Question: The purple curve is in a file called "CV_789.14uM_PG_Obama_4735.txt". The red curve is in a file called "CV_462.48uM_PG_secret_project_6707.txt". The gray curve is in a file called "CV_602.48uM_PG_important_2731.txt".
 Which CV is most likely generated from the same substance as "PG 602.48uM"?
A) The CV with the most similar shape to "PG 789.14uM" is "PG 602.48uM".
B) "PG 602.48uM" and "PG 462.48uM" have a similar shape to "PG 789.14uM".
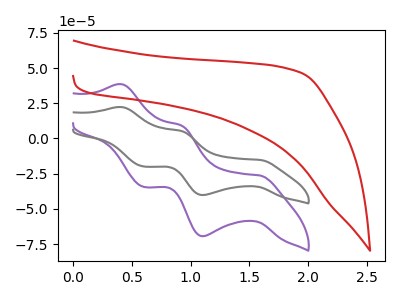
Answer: <think>The purple curve "PG 789.14uM" has anodic peaks at (0.40V, 38.55uA) (0.90V, 9.30uA) and cathodic peaks at (1.60V, -26.25uA) (1.10V, -69.35uA) (0.60V, -34.35uA). The red curve "PG 462.48uM" has no peaks. The gray curve "PG 602.48uM" has anodic peaks at (0.40V, 22.30uA) (0.90V, 5.40uA) and cathodic peaks at (1.60V, -15.20uA) (1.10V, -40.15uA) (0.60V, -19.90uA).
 "PG 789.14uM" and "PG 462.48uM" have a different number of peaks. All the peaks in "PG 789.14uM" have a peak in "PG 602.48uM" at the same potential. Every peak in "PG 789.14uM" is higher than every peak in "PG 602.48uM". "PG 462.48uM" and "PG 602.48uM" have a different number of peaks.</think>
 <answer>A) The CV with the most similar shape to "PG 789.14uM" is "PG 602.48uM".</answer>
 <eval>A</eval>